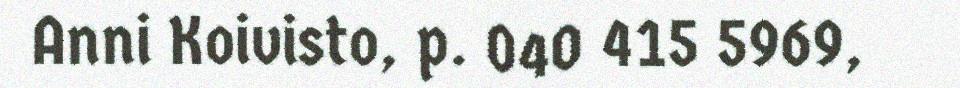
Anni Koivisto, p. 040 415 5969,